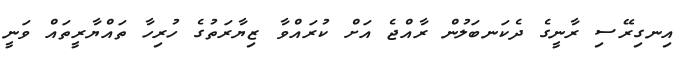
އިނގިރޭސި ރާނީގެ ދެކަނބަލުން ރާއްޖެ އަށް ކުރައްވާ ޒިޔާރަތުގެ ހުރިހާ ތައްޔާރީތައް ވަނީ